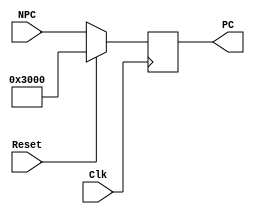
module F_PC(
    input Clk,
    input Reset,    
    input  [31:0 ]  NPC,
    
    output [31:0 ]  PC
);
    reg [31:0 ] pc;
    assign PC = pc;

    initial begin
        pc <= 32'h0000_3000;
    end

    always @(posedge Clk) begin
        if (Reset) begin
            pc <= 32'h0000_3000;
        end
        else begin
            pc <= NPC;
        end
    end


endmodule